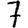
Digit: 7